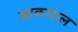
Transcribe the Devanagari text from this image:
डाकपाल